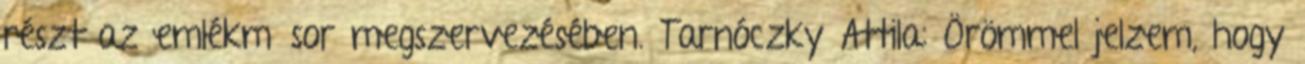
részt az emlékműsor megszervezésében. Tarnóczky Attila: Örömmel jelzem, hogy